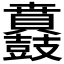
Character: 𮮪